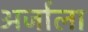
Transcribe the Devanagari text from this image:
अर्जाला